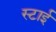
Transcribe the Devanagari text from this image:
स्टाई